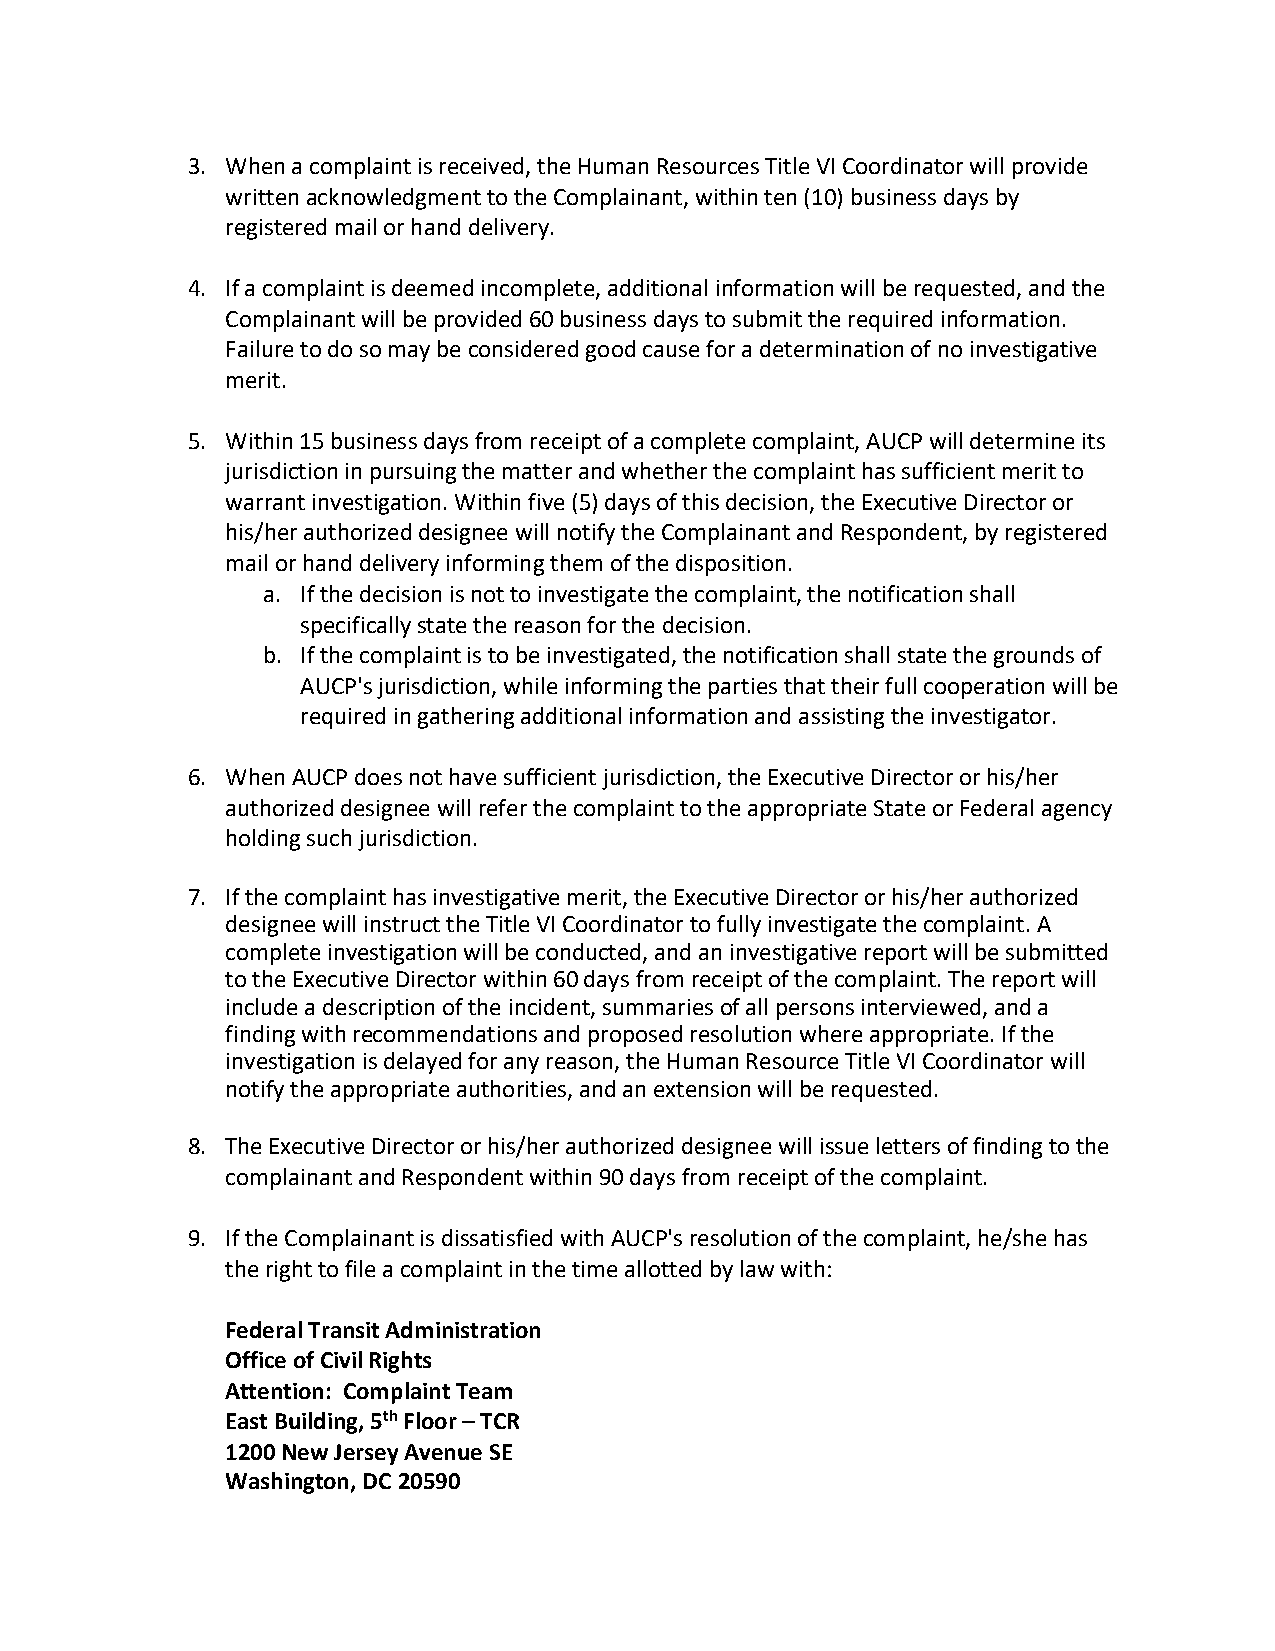
3. When a complaint is received, the Human Resources Title VI Coordinator will provide
 written acknowledgment to the Complainant, within ten (10) business days by
 registered mail or hand delivery.
 4. If a complaint is deemed incomplete, additional information will be requested, and the
 Complainant will be provided 60 business days to submit the required information.
 Failure to do so may be considered good cause for a determination of no investigative
 merit.
 5. Within 15 business days from receipt of a complete complaint, AUCP will determine its
 jurisdiction in pursuing the matter and whether the complaint has sufficient merit to
 warrant investigation. Within five (5) days of this decision, the Executive Director or
 his/her authorized designee will notify the Complainant and Respondent, by registered
 mail or hand delivery informing them of the disposition.
 a. If the decision is not to investigate the complaint, the notification shall
 specifically state the reason for the decision.
 b. If the complaint is to be investigated, the notification shall state the grounds of
 AUCP's jurisdiction, while informing the parties that their full cooperation will be
 required in gathering additional information and assisting the investigator.
 6. When AUCP does not have sufficient jurisdiction, the Executive Director or his/her
 authorized designee will refer the complaint to the appropriate State or Federal agency
 holding such jurisdiction.
 7. If the complaint has investigative merit, the Executive Director or his/her authorized
 designee will instruct the Title VI Coordinator to fully investigate the complaint. A
 complete investigation will be conducted, and an investigative report will be submitted
 to the Executive Director within 60 days from receipt of the complaint. The report will
 include a description of the incident, summaries of all persons interviewed, and a
 finding with recommendations and proposed resolution where appropriate. If the
 investigation is delayed for any reason, the Human Resource Title VI Coordinator will
 notify the appropriate authorities, and an extension will be requested.
 8. The Executive Director or his/her authorized designee will issue letters of finding to the
 complainant and Respondent within 90 days from receipt of the complaint.
 9. If the Complainant is dissatisfied with AUCP's resolution of the complaint, he/she has
 the right to file a complaint in the time allotted by law with:
 Federal Transit Administration
 Office of Civil Rights
 Attention: Complaint Team
 East Building, 5th Floor – TCR
 1200 New Jersey Avenue SE
 Washington, DC 20590